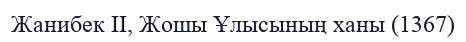
Жанибек II, Жошы Ұлысының ханы (1367)